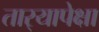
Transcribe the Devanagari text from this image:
तार्‍यापेक्षा